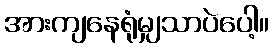
အားကျနေရုံမျှသာပဲပေါ့။